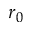
r _ { 0 }